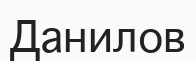
Данилов